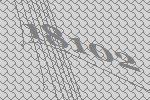
18102